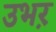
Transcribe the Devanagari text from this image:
उभऱ